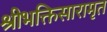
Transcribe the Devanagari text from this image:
श्रीभक्तिसारामृत